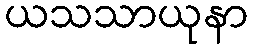
ယသသာယုနာ